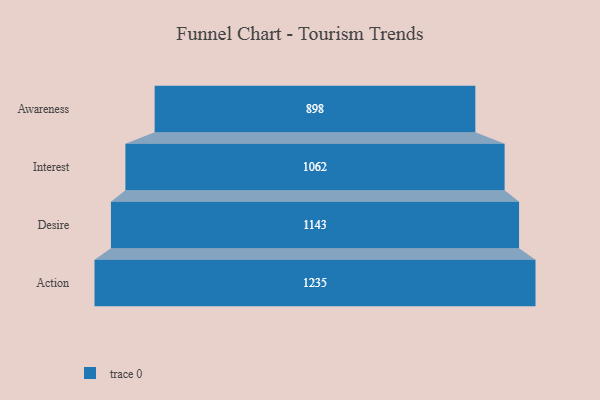
{"axis": {"x": "Stage", "y": "Value"}, "legend": [""], "data": [{"x": "Awareness", "y": 898.0, "type": ""}, {"x": "Interest", "y": 1062.0, "type": ""}, {"x": "Desire", "y": 1143.0, "type": ""}, {"x": "Action", "y": 1235.0, "type": ""}]}